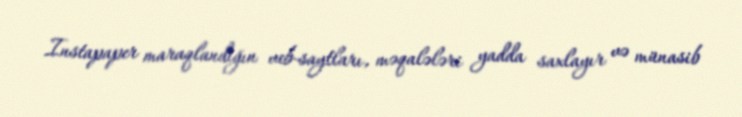
Instapaper maraqlandığın veb-saytları, məqalələri yadda saxlayır və münasib